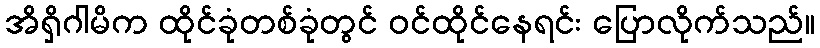
အိရှိဂါမိက ထိုင်ခုံတစ်ခုံတွင် ဝင်ထိုင်နေရင်း ပြောလိုက်သည်။